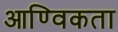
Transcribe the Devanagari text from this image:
आण्विकता